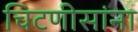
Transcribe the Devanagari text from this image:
चिटणीसांना